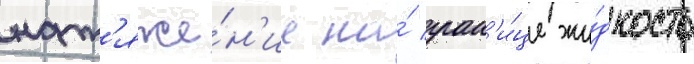
нат'яже́н'ие на́ гран'и́це жи́дкость